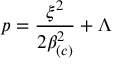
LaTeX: p = \frac { \xi ^ { 2 } } { 2 \beta _ { \left( c \right) } ^ { 2 } } + \Lambda